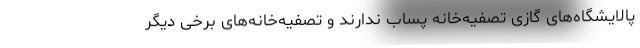
پالایشگاه‌های گازی تصفیه‌خانه پساب ندارند و تصفیه‌خانه‌های برخی دیگر